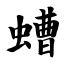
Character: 螬